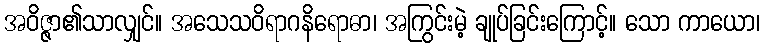
အဝိဇ္ဇာ၏သာလျှင်။ အသေသဝိရာဂနိရောဓာ၊ အကြွင်းမဲ့ ချုပ်ခြင်းကြောင့်။ သော ကာယော၊